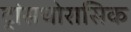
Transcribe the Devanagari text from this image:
ट्रांसथोरासिक